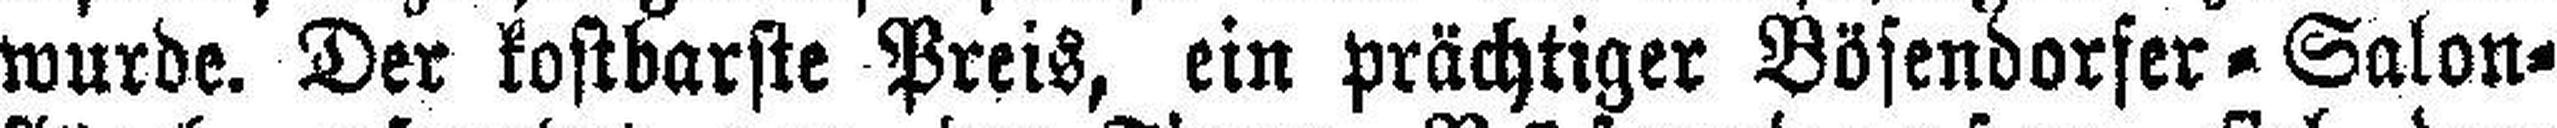
wurde. Der kostbarste Preis, ein prächtiger Bösendorfer = Salon¬